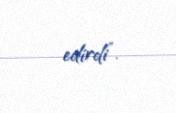
edirdi”.